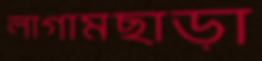
লাগামছাড়া